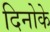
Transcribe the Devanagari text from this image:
दिनोके